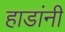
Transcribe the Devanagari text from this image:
हाडांनी